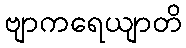
ဗျာကရေယျာတိ